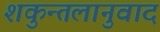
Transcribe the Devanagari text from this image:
शकुन्तलानुवाद